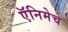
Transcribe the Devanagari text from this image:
ऍनिमेचे